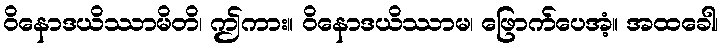
ဝိနောဒယိဿာမိတိ၊ ဤကား။ ဝိနောဒယိဿာမ၊ ဖြောက်ပေအံ့။ အထခေါ၊